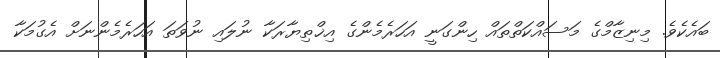
ބައެކެވެ. މިނިޒާމްގެ މަސައްކަތްތައް ހިންގަނީ އަހަރެމެންގެ އިޚްތިޔާރަކާ ނުލައި ނުވަތަ އަހަރެމެންނަށް އެގުމަކާ